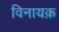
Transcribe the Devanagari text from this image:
विनायक़